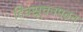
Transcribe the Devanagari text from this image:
दिक्सूचनपठन